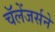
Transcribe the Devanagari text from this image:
चॅलेंजर्सने